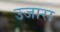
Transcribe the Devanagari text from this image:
उजारा